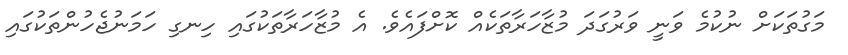
މަގުތަކަށް ނުކުމެ ވަނީ ވަރުގަދަ މުޒާހަރާތަކެއް ކޮށްފައެވެ. އެ މުޒާހަރާތަކުގައި ހިނގި ހަމަނުޖެހުންތަކުގައި